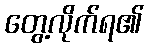
တွေ့လိုက်ရ၏